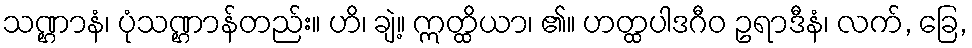
သဏ္ဌာနံ၊ ပုံသဏ္ဌာန်တည်း။ ဟိ၊ ချဲ့။ ဣတ္ထိယာ၊ ၏။ ဟတ္ထပါဒဂီဝ ဥရာဒီနံ၊ လက်, ခြေ,